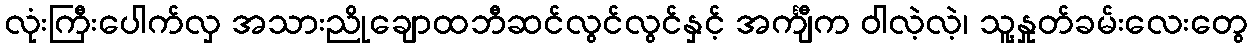
လုံးကြီးပေါက်လှ အသားညိုချောထဘီဆင်လွင်လွင်နှင့် အင်္ကျီက ဝါလဲ့လဲ့၊ သူ့နှုတ်ခမ်းလေးတွေ